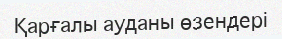
Қарғалы ауданы өзендері